画像に写った文字を読んでください
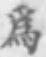
「爲」と書いてあります